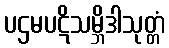
ပဌမပဋိသမ္ဘိဒါသုတ္တံ